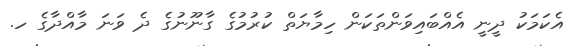
އެކަމަކު ދީނީ އެއްބައިވަންތަކަން ހިމާޔަތް ކުރުމުގެ ގާނޫނުގެ ދެ ވަނަ މާއްދާގެ ހ.